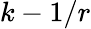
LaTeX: k-1/r